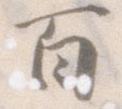
百